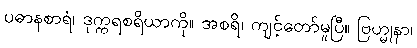
ပဓာနစာရံ၊ ဒုက္ကရစရိယာကို။ အစရိ၊ ကျင့်တော်မူပြီ။ ဗြဟ္မုနာ၊